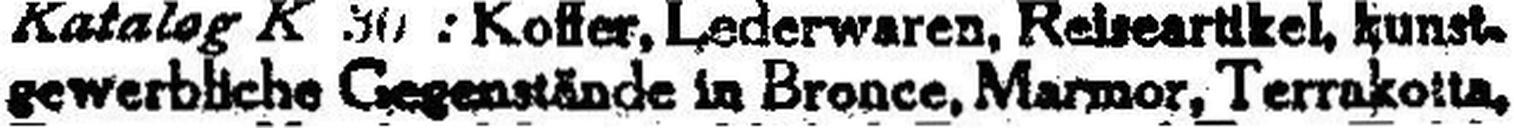
gewerbliche Gegenstände in Bronce, Marmor, Terrakotta,